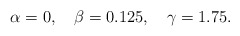
\begin{align*}\alpha=0,\quad \beta=0.125,\quad \gamma=1.75.\end{align*}